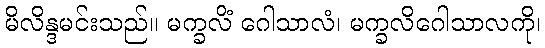
မိလိန္ဒမင်းသည်။ မက္ခလိံ ဂေါသာလံ၊ မက္ခလိဂေါသာလကို၊